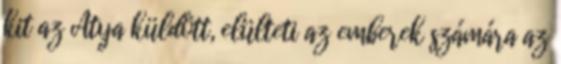
kit az Atya küldött, elülteti az emberek számára az